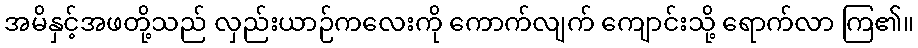
အမိနှင့်အဖတို့သည် လှည်းယာဉ်ကလေးကို ကောက်လျက် ကျောင်းသို့ ရောက်လာ ကြ၏။